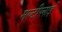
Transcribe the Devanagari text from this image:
मल्टीप्लाई